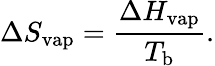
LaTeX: \Delta S_{\mathrm{vap}}={\frac{\Delta H_{\mathrm{vap}}}{T_{\mathrm{b}}}}.